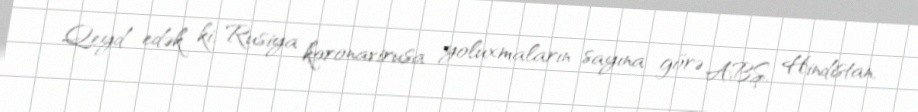
Qeyd edək ki, Rusiya koronavirusa yoluxmaların sayına görə ABŞ, Hindistan,